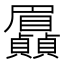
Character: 𮚯